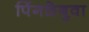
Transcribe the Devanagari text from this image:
पिंगळेबुवा